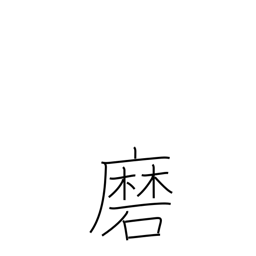
Meaning: brush (teeth)